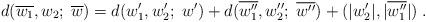
LaTeX: \begin{align*}d(\overline{w_1},w_2;\;\overline{w}) = d(w'_1,w'_2;\; w') + d(\overline{w''_1},w''_2;\; \overline{w''}) + (|w'_2|,|\overline{w''_1}|)\;.\end{align*}